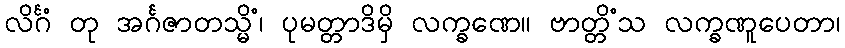
လိင်္ဂံ တု အင်္ဂဇာတသ္မိံ၊ ပုမတ္တာဒိမှိ လက္ခဏေ။ ဗာတ္တိံသ လက္ခဏူပေတာ၊